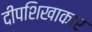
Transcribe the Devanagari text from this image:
दीपशिखाकार